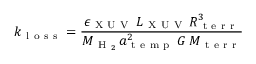
k _ { \mathrm { ~ l ~ o ~ s ~ s ~ } } = \frac { \epsilon _ { \mathrm { ~ X ~ U ~ V ~ } } \, L _ { \mathrm { ~ X ~ U ~ V ~ } } \, R _ { \mathrm { ~ t ~ e ~ r ~ r ~ } } ^ { 3 } } { M _ { \mathrm { ~ H ~ } _ { 2 } } \, a _ { \mathrm { ~ t ~ e ~ m ~ p ~ } } ^ { 2 } \, G \, M _ { \mathrm { ~ t ~ e ~ r ~ r ~ } } }